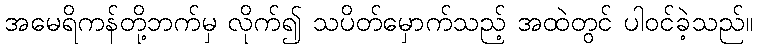
အမေရိကန်တို့ဘက်မှ လိုက်၍ သပိတ်မှောက်သည့် အထဲတွင် ပါဝင်ခဲ့သည်။